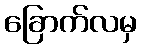
ခြောက်လမှ